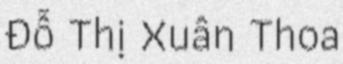
Đỗ Thị Xuân Thoa